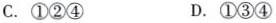
C.①②④ D.①③④